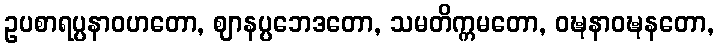
ဥပစာရပ္ပနာဝဟတော, ဈာနပ္ပဘေဒတော, သမတိက္ကမတော, ဝဍ္ဎနာဝဍ္ဎနတော,